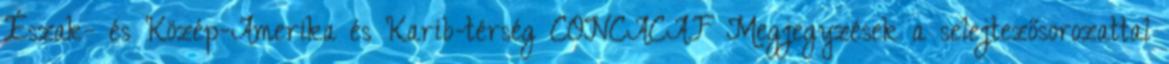
Észak- és Közép-Amerika és Karib-térség CONCACAF Megjegyzések a selejtezősorozattal